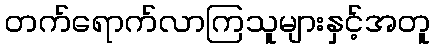
တက်ရောက်လာကြသူများနှင့်အတူ